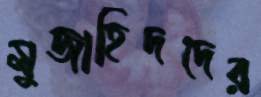
মুজাহিদদের